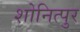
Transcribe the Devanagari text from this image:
शोनित्पुर